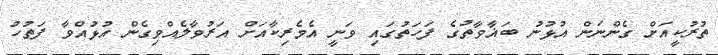
ތުރުކީއަށް ގެންނަން އުޅުނު ބަޣާވާތުގެ ފަހަތުގައި ވަނީ އެމެރިކާއަށް އަރުވާލެއްވިގެން އުޅުއްވާ ފަތުހު